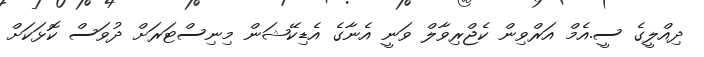
ދިއްލީގެ ސީ.އެމް އަރްވިން ކެޖްރިވާލް ވަނީ އެނާގެ އެޑިކޭޝަން މިނިސްޓަރަށް ދުވަސް ކޮޅަކަށް